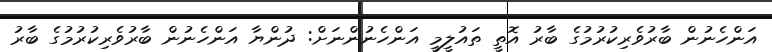
އަންހެނުން ބާރުވެރިކުުރުމުގެ ބާރު އޮތީ ތައުލީމީ އަންހެނުންނަށް: ދުންޔާ އަންހެނުން ބާރުވެރިކުުރުމުގެ ބާރު